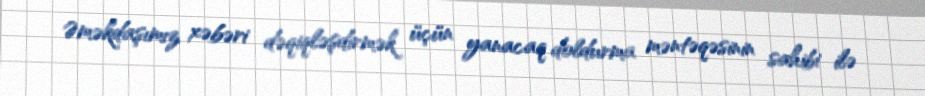
Əməkdaşımız xəbəri dəqiqləşdirmək üçün yanacaq doldurma məntəqəsinin sahibi ilə